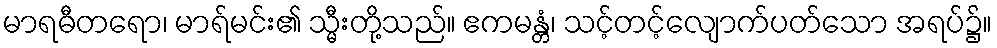
မာရဓီတရော၊ မာရ်မင်း၏ သ္မီးတို့သည်။ ဧကမန္တံ၊ သင့်တင့်လျောက်ပတ်သော အရပ်၌။